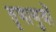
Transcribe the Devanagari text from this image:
तृणाणुवों